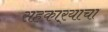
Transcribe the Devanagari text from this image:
सहकार्‍याचा